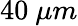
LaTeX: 40\ \mu m